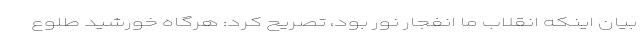
بیان اینکه انقلاب ما انفجار نور بود، تصریح کرد: هرگاه خورشید طلوع